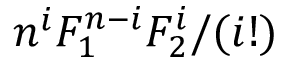
n ^ { i } F _ { 1 } ^ { n - i } F _ { 2 } ^ { i } / ( i ! )